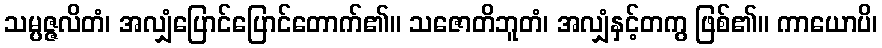
သမ္ပဇ္ဇလိတံ၊ အလျှံပြောင်ပြောင်တောက်၏။ သဇောတိဘူတံ၊ အလျှံနှင့်တကွ ဖြစ်၏။ ကာယောပိ၊